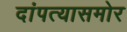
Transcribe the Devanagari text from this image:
दांपत्यासमोर